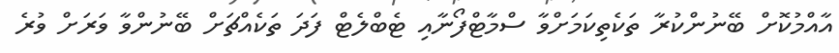
އާއްމުކޮށް ބޭނުންކުރާ ތަކެތިކަމަށްވާ ސްމާޓްފޯނާއި ޓެބްލެޓް ފަދަ ތަކެއްޗަށް ބޭނުންވާ ވަރަށް ވުރެ